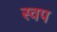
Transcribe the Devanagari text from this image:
स्वप